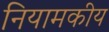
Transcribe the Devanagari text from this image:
नियामकीय